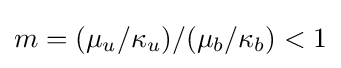
m=(\mu _{u}/\kappa _{u})/(\mu _{b}/\kappa _{b})<1